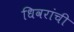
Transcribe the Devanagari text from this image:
धिवरांची